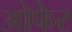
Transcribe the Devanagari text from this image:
ओफेर